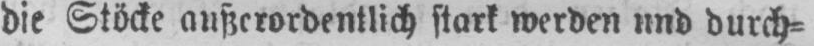
stark werden und durch⸗